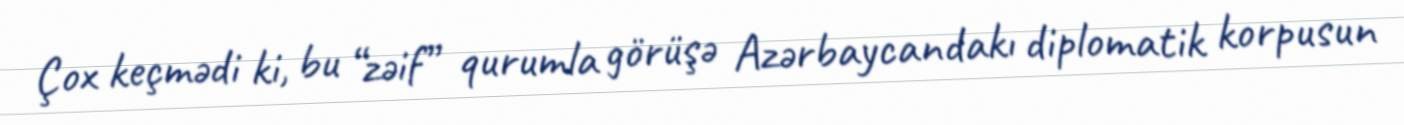
Çox keçmədi ki, bu “zəif” qurumla görüşə Azərbaycandakı diplomatik korpusun